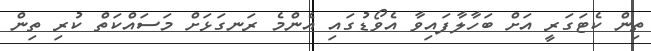
ތިން ކެޓަގަރީ އަށް ބަހާލާފައިވާ އެވޯޑުގައި އެންމެ ރަނގަޅަށް މަސައްކަތް ކުރި ތިން